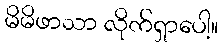
မိမိဖာသာ လိုက်ရှာပေါ့။